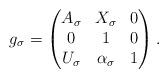
LaTeX: \begin{align*} g_\sigma=\begin{pmatrix}A_\sigma & X_\sigma & 0 \\0 & 1 & 0 \\U_\sigma & \alpha_\sigma & 1\end{pmatrix}.\end{align*}